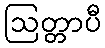
ဩတ္တာပီ